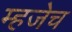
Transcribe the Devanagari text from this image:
म्हजेच